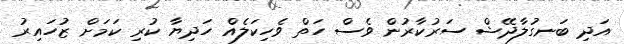
އަދި ބަނގުލާދޭޝް ސަރުކާރުން ވެސް ހަތް ވެހިކަލެއް ހަދިޔާ ކުރި ކަމަށް ޒުހައިރު